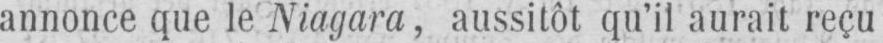
annonce que le Niagara, aussitôt qu’il aurait reçu